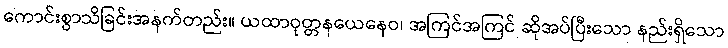
ကောင်းစွာသိခြင်းအနက်တည်း။ ယထာဝုတ္တနယေနေဝ၊ အကြင်အကြင် ဆိုအပ်ပြီးသော နည်းရှိသော